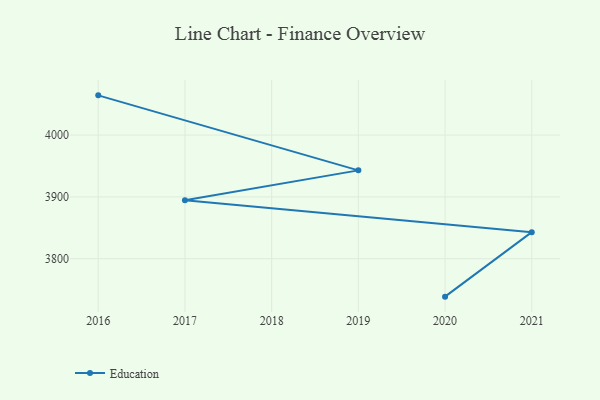
{"axis": {"x": "Year", "y": "Demand Index"}, "legend": ["Education"], "data": [{"x": "2016", "y": 4064.2, "type": "Education"}, {"x": "2019", "y": 3942.9, "type": "Education"}, {"x": "2017", "y": 3894.5, "type": "Education"}, {"x": "2021", "y": 3843.0, "type": "Education"}, {"x": "2020", "y": 3738.7, "type": "Education"}]}